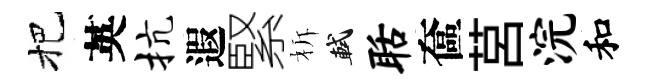
把英抗遐緊柝軾聒奩莒浣和